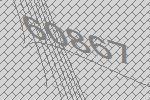
60867